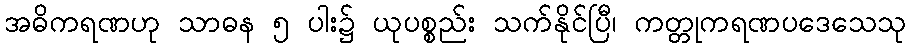
အဓိကရဏဟု သာဓန ၅ ပါး၌ ယုပစ္စည်း သက်နိုင်ပြီ၊ ကတ္တုကရဏပဒေသေသု